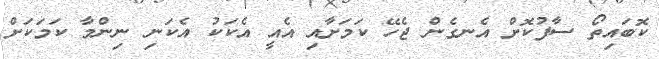
ކޮބައިތޯ ސާފުކޮށް އެނގެން ޖެހޭ ކަމަށާއި އެއީ އެކަކު އެކަނި ނިންމާ ކަމަކަށް